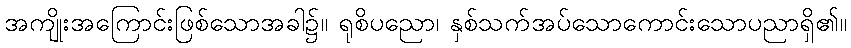
အကျိုးအကြောင်းဖြစ်သောအခါ၌။ ရုစိပညော၊ နှစ်သက်အပ်သောကောင်းသောပညာရှိ၏။